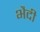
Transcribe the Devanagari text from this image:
भैदी